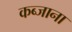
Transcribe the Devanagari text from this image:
कब्जाना